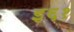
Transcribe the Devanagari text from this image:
इ६१